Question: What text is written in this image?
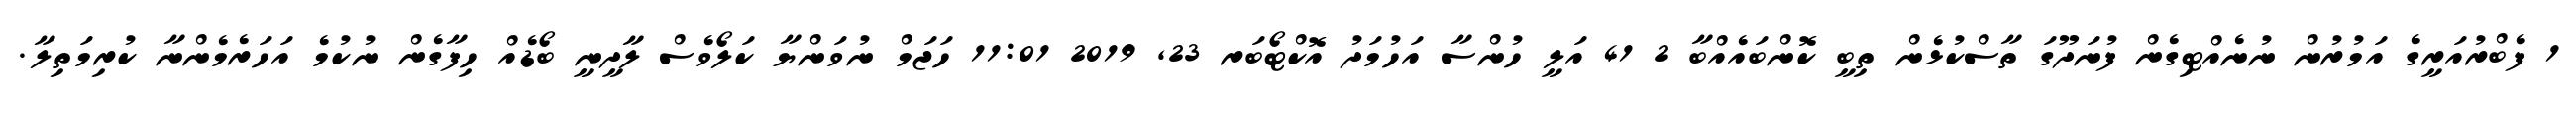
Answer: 1 ފެބްރުއަރީގެ އަމުރުން ނުނެއްޓިގެން ފުނަދޫގަ ތާސްކުޅެން ތިބީ ކޮންބައެއްބާ 2 41 އަލީ ހުންސާ އަހުމަދު އޮކްޓޯބަރ 23, 2019 11:01 ހަޖަމް ނުވަންޔާ ކަލޯވެސް ލާދީނީ ބޯޑެއް ހިފާގެން ނުކުމެ އަހަރެމެންނާ ކުރިމަތިލާ.